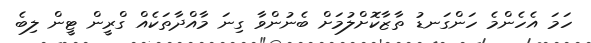
ހަމަ އެހެންމެ ހަންގަނޑު ތާޒާކޮށްލުމަށް ބެނުންވާ ގިނަ މާއްދާތަކެއް ގްރީން ޓީން ލިބެ